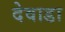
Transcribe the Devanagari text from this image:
देवाडा